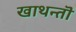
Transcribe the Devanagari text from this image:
खाथन्तॊ